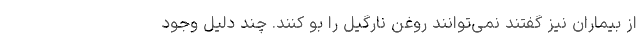
از بیماران نیز گفتند نمی‌توانند روغن نارگیل را بو کنند. چند دلیل وجود